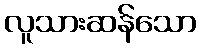
လူသားဆန်သော